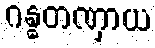
ဂန္ဓတဏှာယ